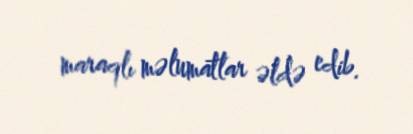
maraqlı məlumatlar əldə edib.